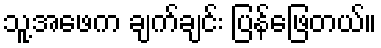
သူ့အဖေက ချက်ချင်း ပြန်ဖြေတယ်။